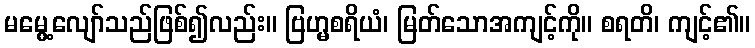
မမွေ့လျော်သည်ဖြစ်၍လည်း။ ဗြဟ္မစရိယံ၊ မြတ်သောအကျင့်ကို။ စရတိ၊ ကျင့်၏။